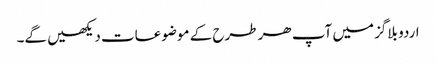
اردو بلاگز میں آپ ھر طرح کے موضوعات دیکھیں گے۔